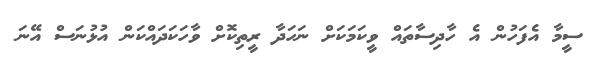
ސީމާ އެފަހުން އެ ހާދިސާތައް ވީކަމަކަށް ނަހަދާ ރީތިކޮށް ވާހަކަދައްކަން އުޅުނަސް އޭނަ